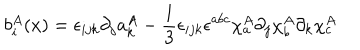
b _ { i } ^ { A } ( x ) = \epsilon _ { i j k } \partial _ { j } a _ { k } ^ { A } - \frac { 1 } { 3 } \epsilon _ { i j k } \epsilon ^ { a b c } \chi _ { a } ^ { A } \partial _ { j } \chi _ { b } ^ { A } \partial _ { k } \chi _ { c } ^ { A }